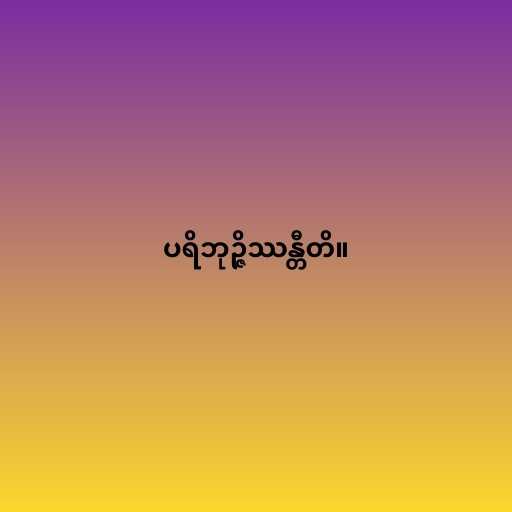
ပရိဘုဉ္ဇိဿန္တီတိ။